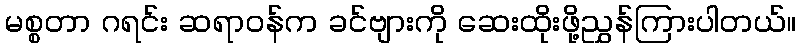
မစ္စတာ ဂရင်း ဆရာဝန်က ခင်ဗျားကို ဆေးထိုးဖို့ညွှန်ကြားပါတယ်။